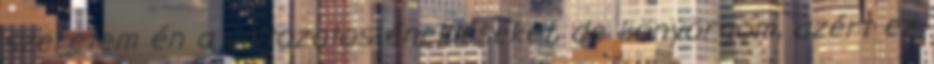
szeretem én a változatos énekléseket, de könyörgöm, azért ez